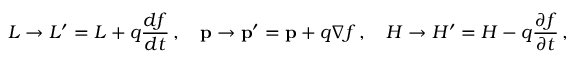
L \rightarrow L ^ { \prime } = L + q { \frac { d f } { d t } } \, , \quad \mathbf { p } \rightarrow \mathbf { p ^ { \prime } } = \mathbf { p } + q \nabla f \, , \quad H \rightarrow H ^ { \prime } = H - q { \frac { \partial f } { \partial t } } \, ,